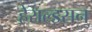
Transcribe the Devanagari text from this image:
हेराल्डसन